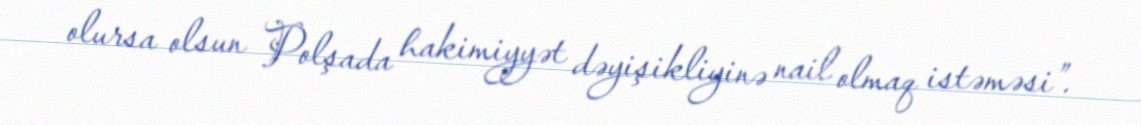
olursa olsun Polşada hakimiyyət dəyişikliyinə nail olmaq istəməsi”.